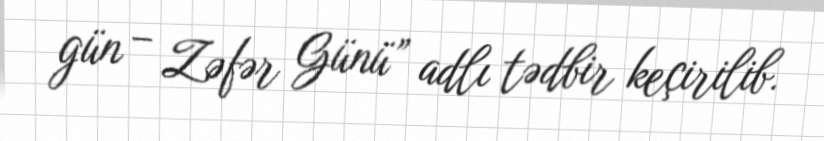
gün – Zəfər Günü” adlı tədbir keçirilib.